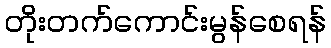
တိုးတက်ကောင်းမွန်စေရန်